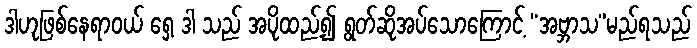
ဒါဟုဖြစ်နေရာဝယ် ရှေ့ ဒါ သည် အပိုထည့်၍ ရွတ်ဆိုအပ်သောကြောင့် “အဗ္ဘာသ”မည်ရသည်